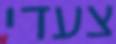
צעדי